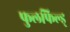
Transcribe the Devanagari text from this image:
फुलफिल्ड्